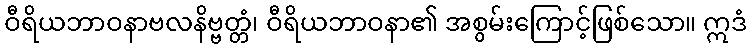
ဝီရိယဘာဝနာဗလနိဗ္ဗတ္တံ၊ ဝီရိယဘာဝနာ၏ အစွမ်းကြောင့်ဖြစ်သော။ ဣဒံ